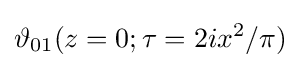
\vartheta _{01}(z=0;\tau =2ix^{2}/\pi )